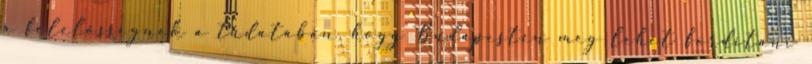
a felelősségnek a tudatában, hogy Budapesten meg lehet fordítani